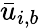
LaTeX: \bar{u}_{i,b}